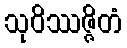
သုဝိဿဇ္ဇိတံ